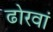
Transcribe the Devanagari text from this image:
ढोरवां